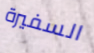
السفيرة